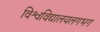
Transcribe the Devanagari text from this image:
विश्वविद्यालयलगभग